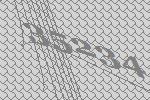
35234